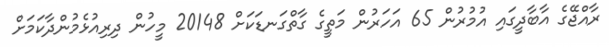
ރާއްޖޭގެ އާބާދީގައި އުމުރުން 65 އަހަރުން މަތީގެ ގާތްގަނޑަކަށް 20148 މީހުން ދިރިއުޅެމުންދާކަމަށް